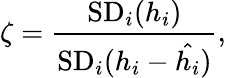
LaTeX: \zeta=\frac{\mathrm{SD}_{i}(h_{i})}{\mathrm{SD}_{i}(h_{i}-\hat{h_{i}})},